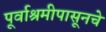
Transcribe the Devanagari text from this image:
पूर्वाश्रमीपासूनचे